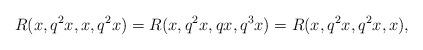
LaTeX: \begin{align*} R(x, q^{2}x, x, q^{2}x)=R(x, q^{2}x, qx, q^{3}x)=R(x, q^{2}x, q^{2}x, x), \end{align*}